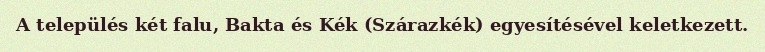
A település két falu, Bakta és Kék (Szárazkék) egyesítésével keletkezett.